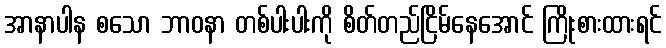
အာနာပါန စသော ဘာဝနာ တစ်ပါးပါးကို စိတ်တည်ငြိမ်နေအောင် ကြိုးစားထားရင်